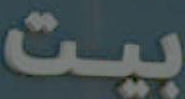
بيت